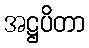
အဋ္ဌပိတာ